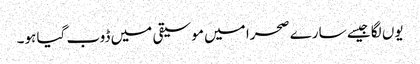
یوں لگا جیسے سارے صحرا میں موسیقی میں ڈوب گیا ہو۔